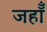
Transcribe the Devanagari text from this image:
जहॉँ